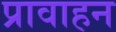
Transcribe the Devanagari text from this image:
प्रावाहन